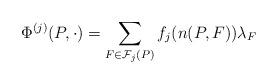
LaTeX: \begin{align*}\Phi^{(j)} (P,\cdot) = \sum_{F\in {\cal F}_j(P)} f_j(n(P,F))\lambda_F\end{align*}